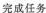
完成任务